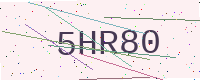
Text: 5HR80